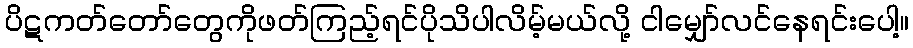
ပိဋကတ်တော်တွေကိုဖတ်ကြည့်ရင်ပိုသိပါလိမ့်မယ်လို့ ငါမျှော်လင်နေရင်းပေါ့။